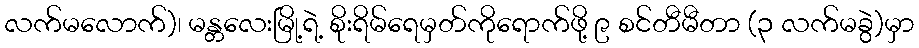
လက်မလောက်)၊ မန္တလေးမြို့ရဲ့ စိုးရိမ်ရေမှတ်ကိုရောက်ဖို့ ၉ စင်တီမီတာ (၃ လက်မခွဲ)မှာ